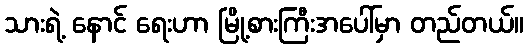
သားရဲ့ နောင် ရေးဟာ မြို့စားကြီးအပေါ်မှာ တည်တယ်။